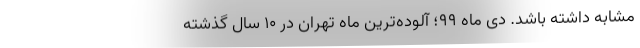
مشابه داشته باشد. دی ماه ۹۹؛ آلوده‌ترین ماه تهران در ۱۰ سال گذشته